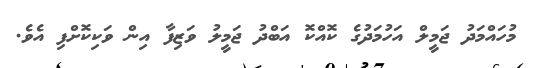
މުހައްމަދު ޖަމީލް އަހުމަދުގެ ކޮއްކޮ އަބްދު ޖަމީލު ވަޒިފާ އިން ވަކިކޮށްފި އެވެ.